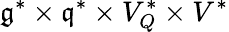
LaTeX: \mathfrak{g}^{*}\times\mathfrak{q}^{*}\times V_{Q}^{*}\times V^{*}